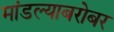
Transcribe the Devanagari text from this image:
मांडल्याबरोबर